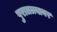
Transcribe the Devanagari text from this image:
पुरातत्त्वावर